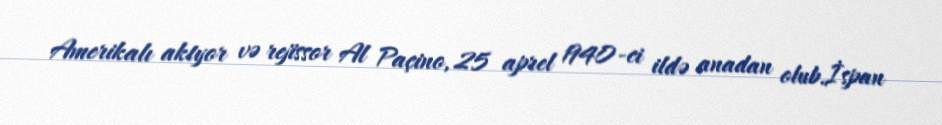
Amerikalı aktyor və rejissor Al Paçino, 25 aprel 1940-ci ildə anadan olub.İspan